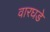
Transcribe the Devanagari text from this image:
वारघडे